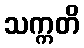
သက္ကတိ